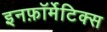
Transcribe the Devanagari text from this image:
इनफ़ॉर्मेटिक्स